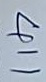
411